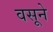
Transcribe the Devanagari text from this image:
वसूने